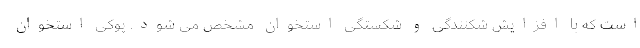
است که با افزایش شکنندگی و شکستگی استخوان مشخص می شود. پوکی استخوان